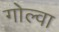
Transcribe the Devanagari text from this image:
गोल्वा